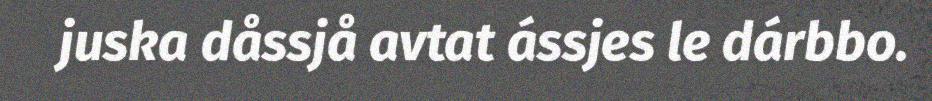
juska dåssjå avtat ássjes le dárbbo.